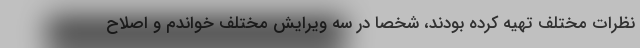
نظرات مختلف تهیه کرده بودند، شخصا در سه ویرایش مختلف خواندم و اصلاح